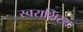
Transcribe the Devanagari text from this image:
स्वराशिस्थ